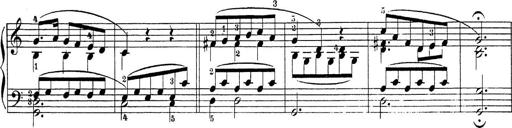
Title: Sonatina Album
Composer: Louis KÃ¶hler